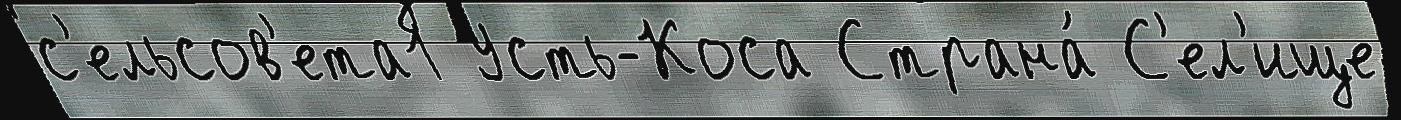
с'ельсов'ета1 Усть-Коса Страна́ С'ел'ище